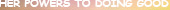
HER POWERS TO DOING GOOD